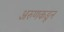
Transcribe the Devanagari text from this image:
अरुणकडून